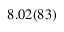
8 . 0 2 ( 8 3 )